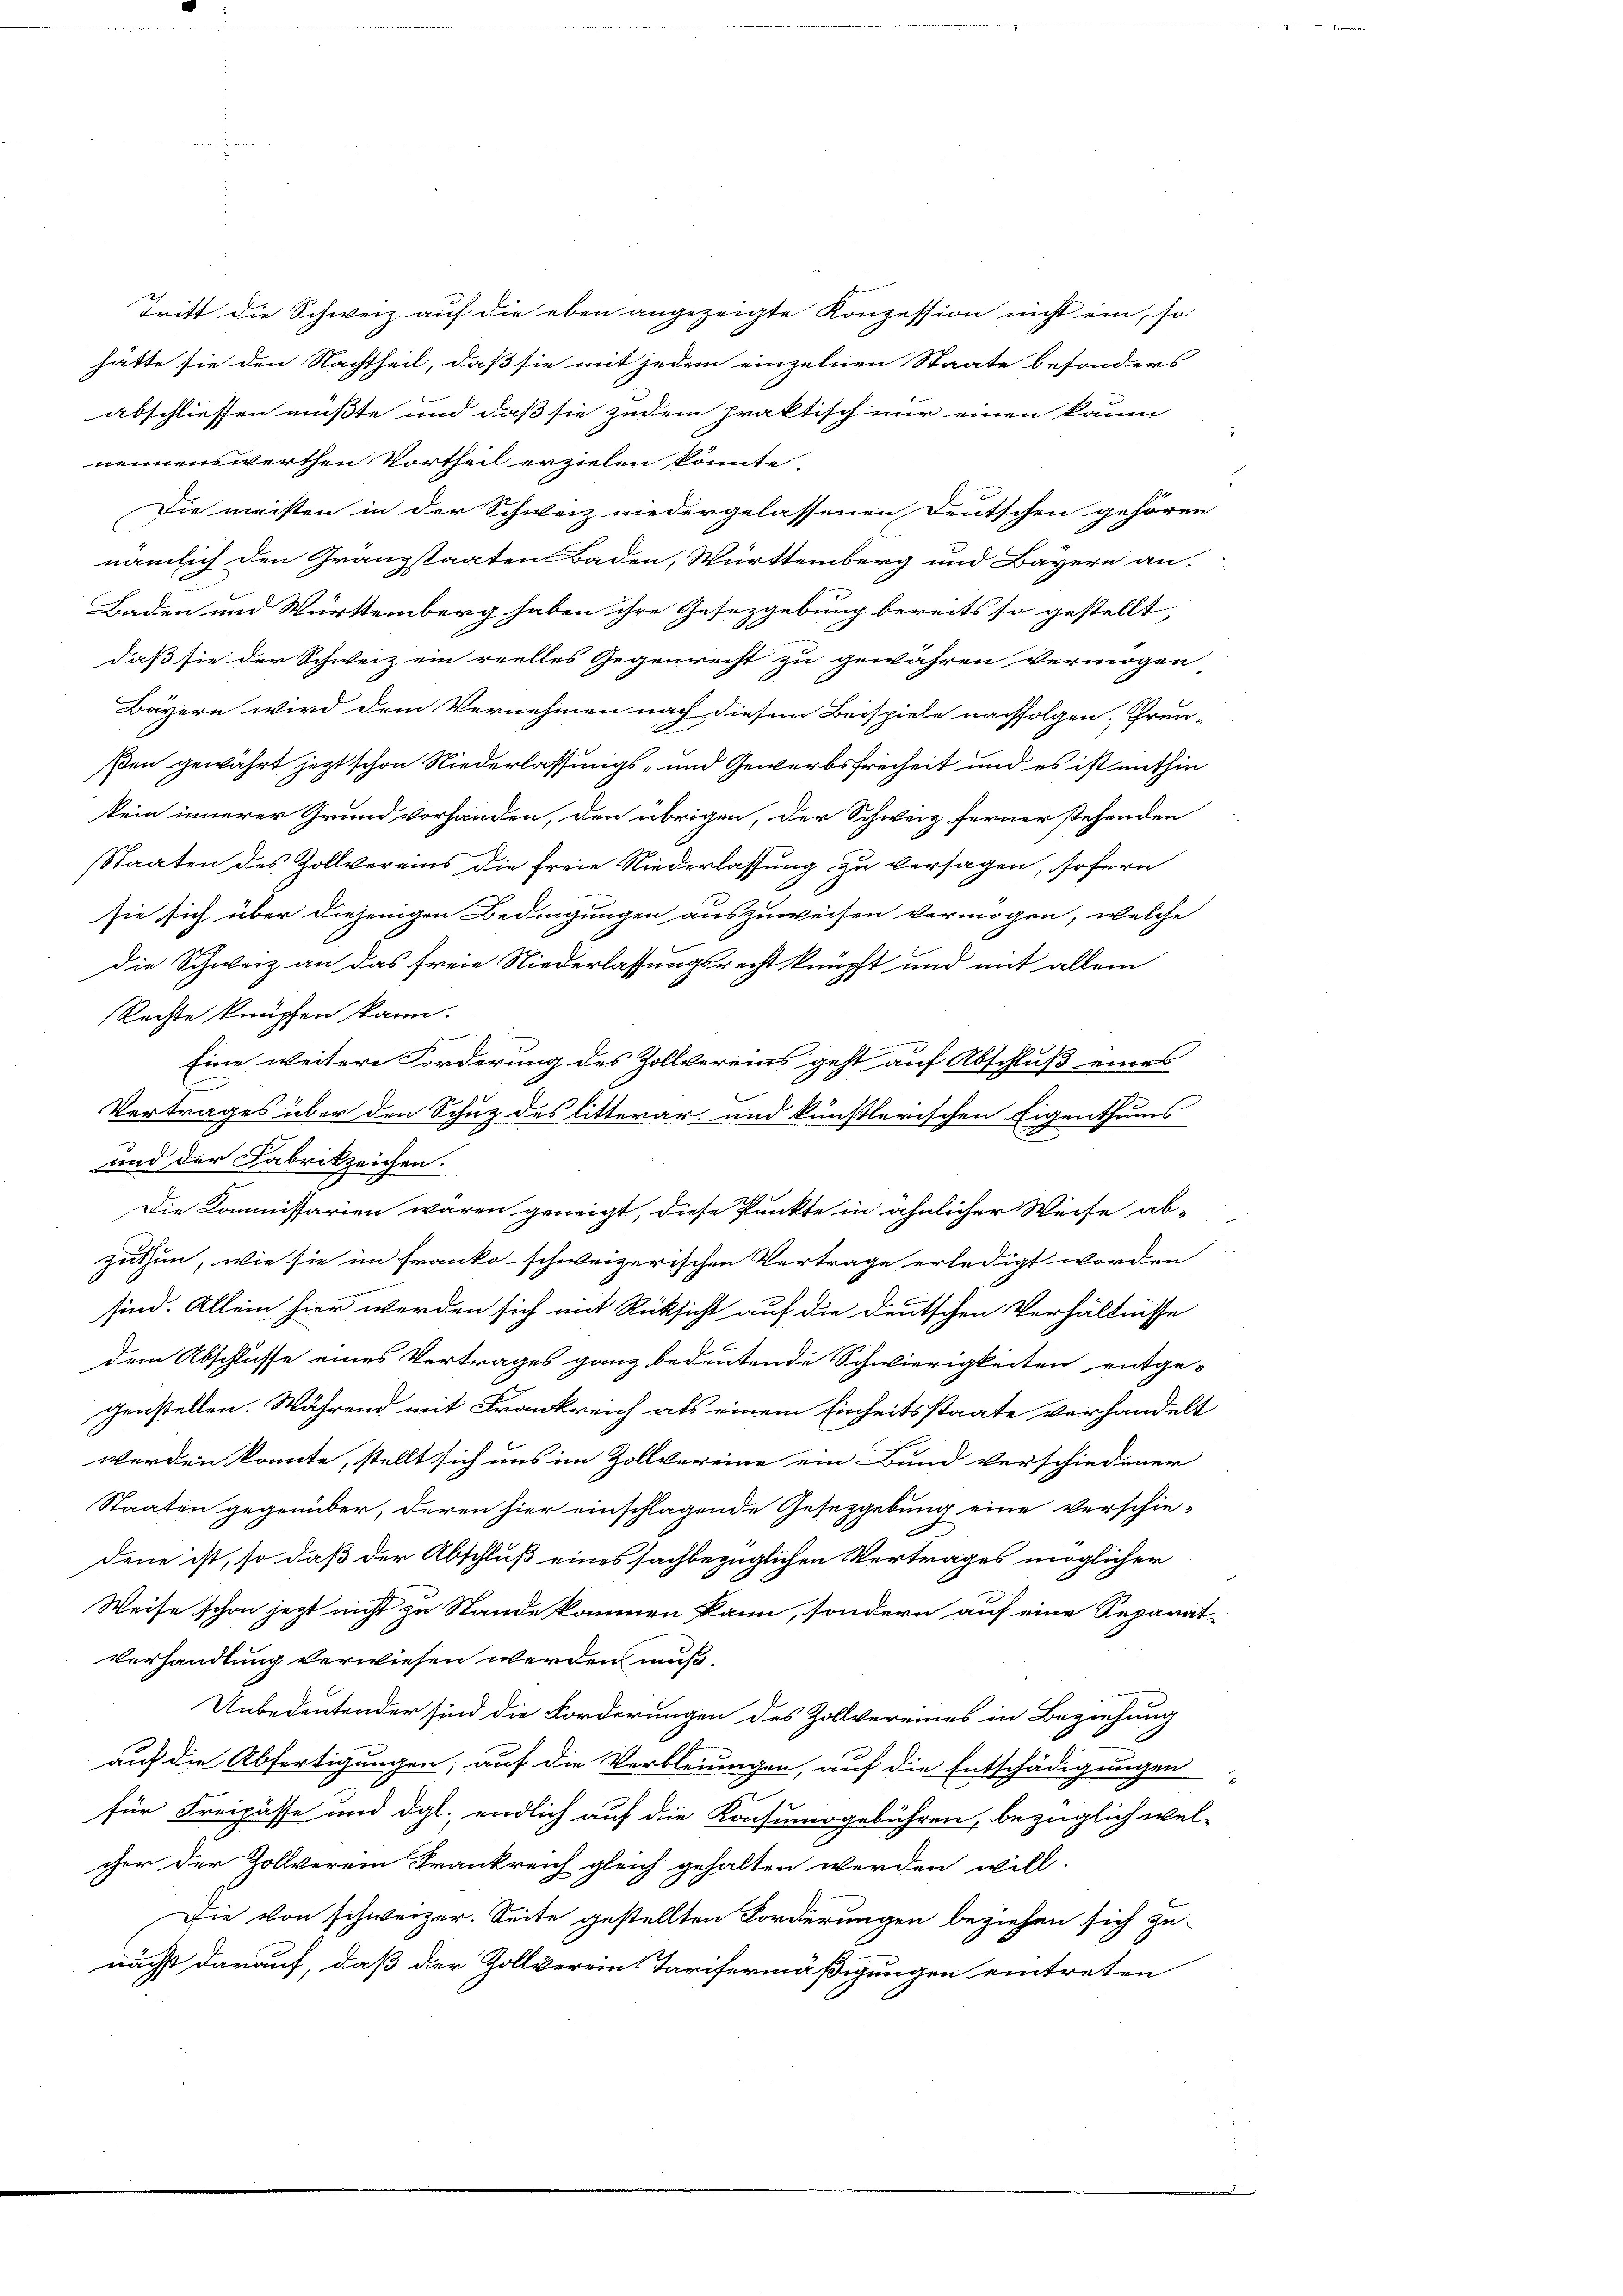
nennenswerthen Vortheil erzielen könnte,
Die meisten in der Schweiz niedergelassenen Deutschen gehören
nämlich den Gränzstaaten Baden, Württemberg und Bayern an.
Baden und Württemberg haben ihre Gesezgebung bereits so gestellt,
daß sie der Schweiz ein reelles Gegenrecht zu gewähren vermögen
Bayern wird dem Vernehmen nach diesem Beispiele nachfolgen. Gren-
f
ßen gewährt jezt schon Niederlassungs- und Gewerbsfreiheit und es ist mithin
kein innerer Grund vorhanden, den übrigen, der Schweiz ferner stehenden
Staaten des Zollvereins die freie Niederlassung zu versagen, sofern
sie sich über diejenigen Bedingungen auszuweisen vermögen, welche
die Schweiz an das freie Niederlassungsrecht knüpft und mit allem
Rechte knüpfen kann.
Eine weitere Forderung des Zollvereins geht auf Abschluß eines
Vertrages über den Schutz des litterar- und künstlerischen Eigenthums
und der Fabrikzeichen.
Die Kommissarien wären geneigt, diese Punkte in ähnlicher Weise ab-
zuthun, wie sie im Franko-schweizerischen Vertrage erledigt worden
sind. Allein hier werden sich mit Rücksicht auf die deutschen Verhältnisse
dem Abschlüsse eines Vertrages ganz bedeutende Schwierigkeiten entge-
genstellen. Während mit Frankreich als einem Einheitsstaate verhandelt
werden konnte, stellt sich uns im Zollvereine ein Bund verschiedener
Staaten gegenüber, deren hier einschlagende Gesetzgebung eine Verschie-
r
dene ist, so daß der Abschluß eines sachbezüglichen Vertrages möglicher
Weise schon jezt nicht zu Stande kommen kann, sondern auf eine Separat-
verhandlung verwiesen werden muß.
Unbedeutender sind die Forderungen des Zollvereines in Beziehung
auf die Abfertigungen, auf die Verbleiungen, auf die Entschädigungen
für Freipässe und dgl. endlich auf die Konsumogebühren, bezüglich wel-
cher der Zollverein Frankreich gleich gehalten werden will-
Die von schweizer. Seite gestellten Forderungen beziehen sich zu-
nächst darauf, daß der Zollverein Tarifermäßigungen eintreten

Tritt die Schweiz auf die eben angezeigte Konzession nicht ein, so
hätte sie den Nachtheil, daß sie mit jedem einzelnen Staate besonders
abschliessen mußte und daß sie zudem praktisch nur einen kaum